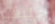
حليف